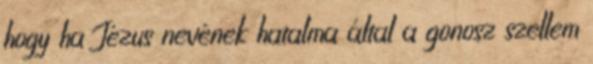
hogy ha Jézus nevének hatalma által a gonosz szellem